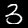
Label: 3